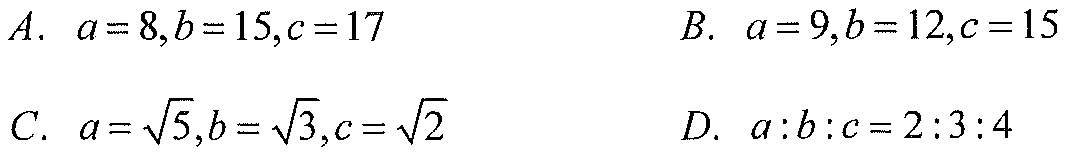
A. \(a = 8,b = 15,c = 17\)
B. \(a = 9,b = 12,c = 15\)
C. \(a=\sqrt{5},b = \sqrt{3},c=\sqrt{2}\)
D. \(a:b:c = 2:3:4\)